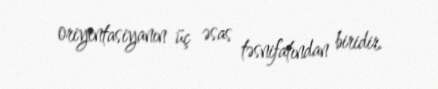
oriyentasiyanın üç əsas təsnifatından biridir.